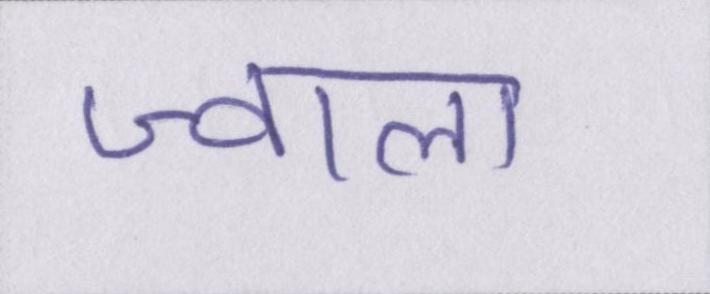
ज्वाला